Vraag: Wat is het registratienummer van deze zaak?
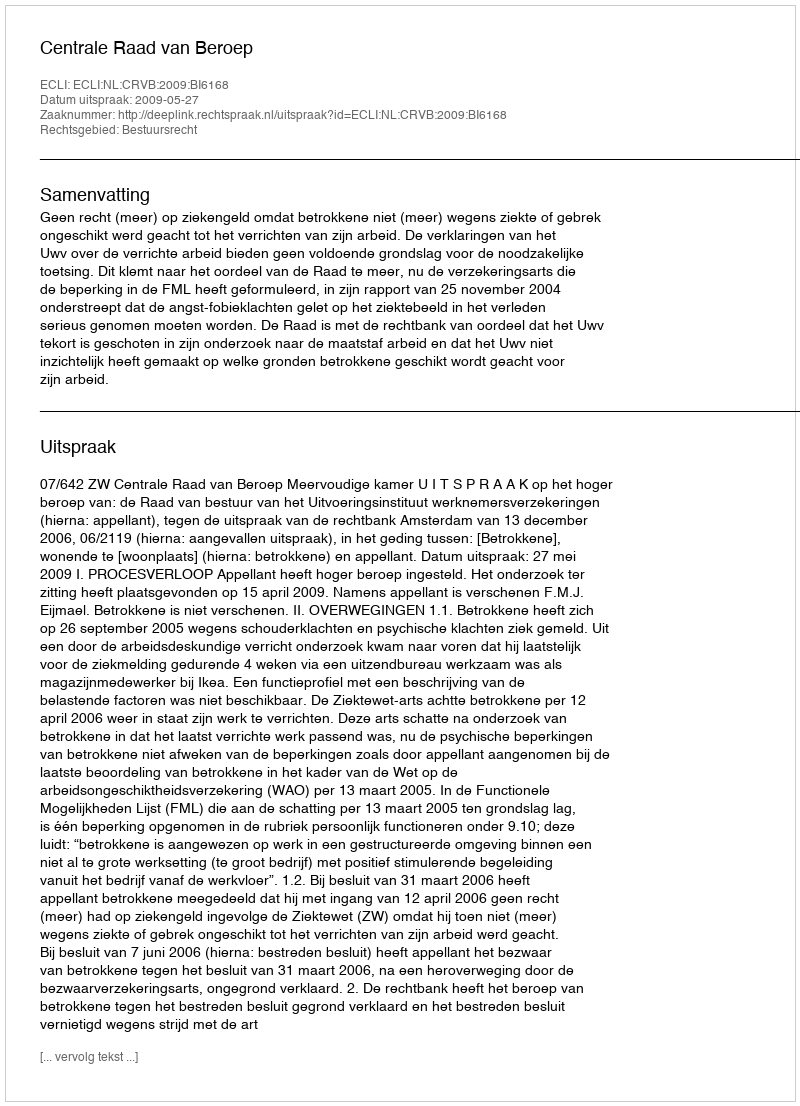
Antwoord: http://deeplink.rechtspraak.nl/uitspraak?id=ECLI:NL:CRVB:2009:BI6168